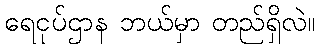
ရေငုပ်ဌာန ဘယ်မှာ တည်ရှိလဲ။